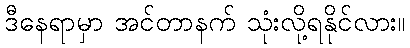
ဒီနေရာမှာ အင်တာနက် သုံးလို့ရနိုင်လား။